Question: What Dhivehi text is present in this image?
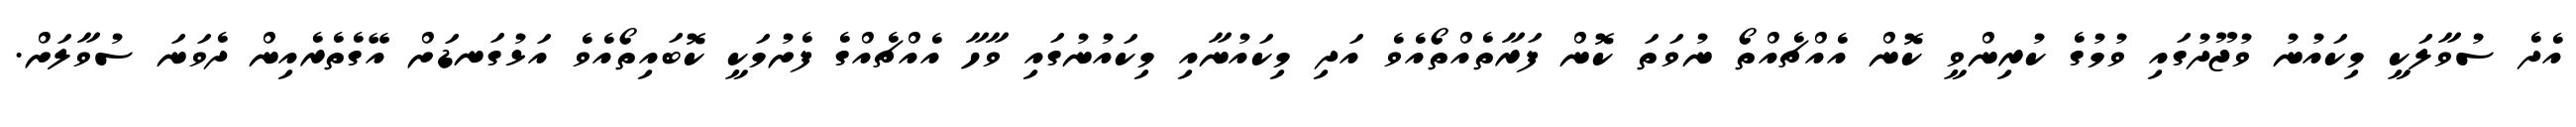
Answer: އެދެ ސުވާލަކީ މިކައުނު ވުޖޫދުގައި ވުމުގެ ކުރިންވީ ކޮން އެއްޗެއްތޯ ނުވަތަ ކޮން ފަރާތެއްތޯއެވެ އަދި މިކައުނާއި މިކައުނުގައި ވާހާ އެއްޗެއްގެ ފެށުމަކީ ކޮބައިތޯއެވެ އަޅުގަނޑަށް އޭގެތެރެއިން ދެވަނަ ސުވާލަށް.